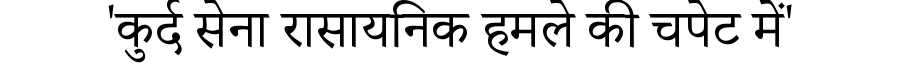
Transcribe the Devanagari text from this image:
'कुर्द सेना रासायनिक हमले की चपेट में'